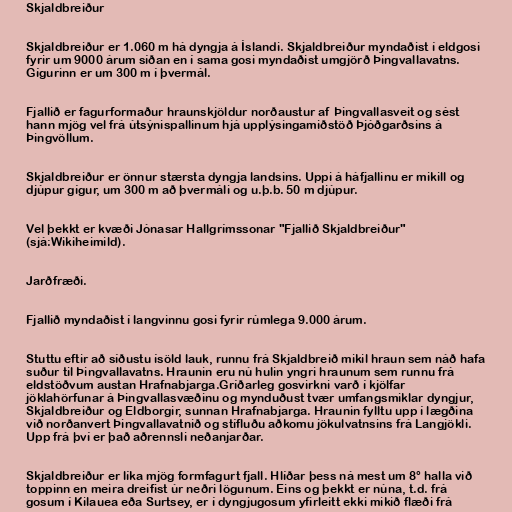
Skjaldbreiður

Skjaldbreiður er 1.060 m há dyngja á Íslandi. Skjaldbreiður myndaðist í eldgosi
fyrir um 9000 árum síðan en í sama gosi myndaðist umgjörð Þingvallavatns.
Gígurinn er um 300 m í þvermál.

Fjallið er fagurformaður hraunskjöldur norðaustur af Þingvallasveit og sést
hann mjög vel frá útsýnispallinum hjá upplýsingamiðstöð Þjóðgarðsins á
Þingvöllum.

Skjaldbreiður er önnur stærsta dyngja landsins. Uppi á háfjallinu er mikill og
djúpur gígur, um 300 m að þvermáli og u.þ.b. 50 m djúpur.

Vel þekkt er kvæði Jónasar Hallgrímssonar "Fjallið Skjaldbreiður"
(sjá:Wikiheimild).

Jarðfræði.

Fjallið myndaðist í langvinnu gosi fyrir rúmlega 9.000 árum.

Stuttu eftir að síðustu ísöld lauk, runnu frá Skjaldbreið mikil hraun sem náð hafa
suður til Þingvallavatns. Hraunin eru nú hulin yngri hraunum sem runnu frá
eldstöðvum austan Hrafnabjarga.Gríðarleg gosvirkni varð í kjölfar
jöklahörfunar á Þingvallasvæðinu og mynduðust tvær umfangsmiklar dyngjur,
Skjaldbreiður og Eldborgir, sunnan Hrafnabjarga. Hraunin fylltu upp í lægðina
við norðanvert Þingvallavatnið og stífluðu aðkomu jökulvatnsins frá Langjökli.
Upp frá því er það aðrennsli neðanjarðar.

Skjaldbreiður er líka mjög formfagurt fjall. Hlíðar þess ná mest um 8° halla við
toppinn en meira dreifist úr neðri lögunum. Eins og þekkt er núna, t.d. frá
gosum í Kilauea eða Surtsey, er í dyngjugosum yfirleitt ekki mikið flæði frá